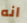
انه